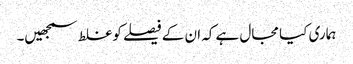
ہماری کیا مجال ہے کہ ان کے فیصلے کوغلط سمجھیں۔